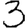
Digit: 3